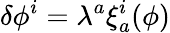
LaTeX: \delta\phi^{i}=\lambda^{a}\xi_{a}^{i}(\phi)